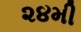
૨૪મી